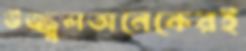
উজ্জ্বলঅনেকেরই